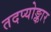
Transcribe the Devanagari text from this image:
तदप्योङ्कार